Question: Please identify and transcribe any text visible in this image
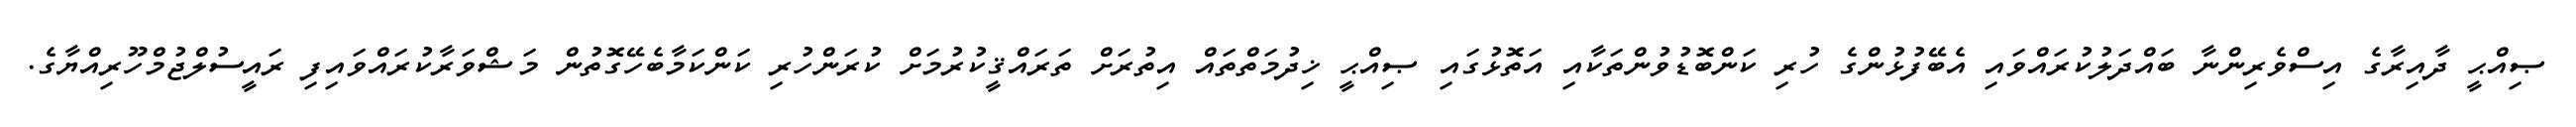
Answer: ޞިއްޙީ ދާއިރާގެ އިސްވެރިންނާ ބައްދަލުކުރައްވައި އެބޭފުޅުންގެ ހުރި ކަންބޮޑުވުންތަކާއި އަތޮޅުގައި ޞިއްޙީ ޚިދުމަތްތައް އިތުރަށް ތަރައްޤީކުރުމަށް ކުރަންހުރި ކަންކަމާބެހޭގޮތުން މަޝްވަރާކުރައްވައިފި ރައީސުލްޖުމްހޫރިއްޔާގެ.